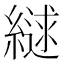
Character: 𮈹